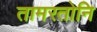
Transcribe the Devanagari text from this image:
तामरतोनि